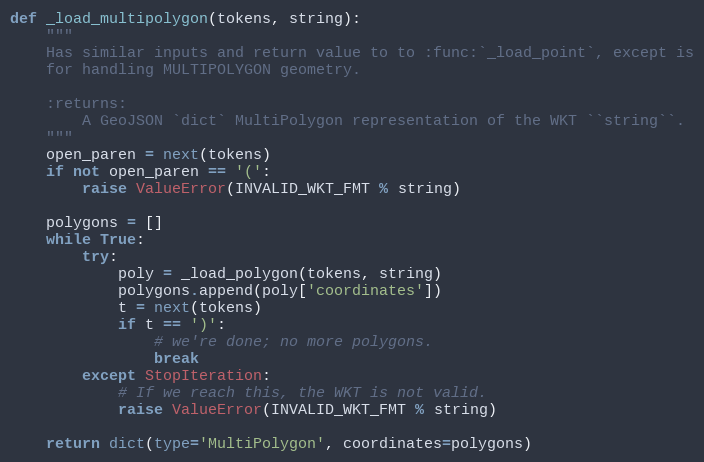
Language: Python
def _load_multipolygon(tokens, string):
    """
    Has similar inputs and return value to to :func:`_load_point`, except is
    for handling MULTIPOLYGON geometry.

    :returns:
        A GeoJSON `dict` MultiPolygon representation of the WKT ``string``.
    """
    open_paren = next(tokens)
    if not open_paren == '(':
        raise ValueError(INVALID_WKT_FMT % string)

    polygons = []
    while True:
        try:
            poly = _load_polygon(tokens, string)
            polygons.append(poly['coordinates'])
            t = next(tokens)
            if t == ')':
                # we're done; no more polygons.
                break
        except StopIteration:
            # If we reach this, the WKT is not valid.
            raise ValueError(INVALID_WKT_FMT % string)

    return dict(type='MultiPolygon', coordinates=polygons)